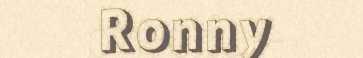
Ronny